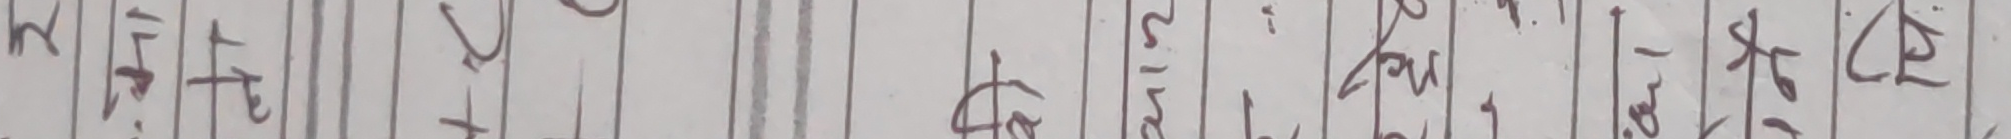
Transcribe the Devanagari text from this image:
२/ केहि लागेन